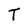
Character: T